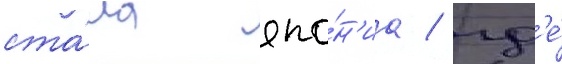
ста́ла япо́н'иа / гд'е́